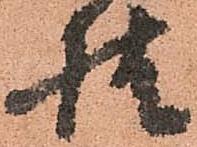
様